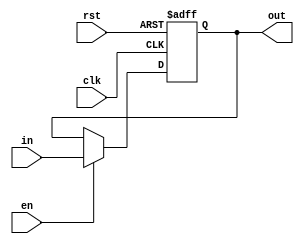

// --------------------- registers --------------------- 

module reg4bit(input clk, rst, en, input[3:0] in, output reg [3:0] out);

	always@ (posedge clk, posedge rst) begin
		if(rst)
			out <= 0;
		else if(en)
			out <= in;
	end
endmodule



module reg8bit(input clk, rst, en, input[7:0] in, output reg [7:0] out);

	always@ (posedge clk, posedge rst) begin
		if(rst)
			out <= 0;
		else if(en)
			out <= in;
	end
endmodule

module reg16bit(input clk, rst, ldu, ldd, input[7:0] in, output reg [15:0] out);

	always@ (posedge clk, posedge rst) begin
		if(rst)
			out <= 0;
		else if(ldu)
			out[15:8] <= in;
		else if (ldd)
			out[7:0] <= in;
		
	end
endmodule

module reg10bit(input clk, rst, input[9:0] in, output reg [9:0] out);

	always@ (posedge clk, posedge rst) begin
		if(rst)
			out <= 0;
		else
			out <= in;
	end
endmodule

module jk_ff(input j, input k, input clk, init_rst, output reg q);
   always @ (posedge clk, init_rst) begin
      if (init_rst == 1'b1) begin
         q <= 0;
      end
      case ({j,k})
         2'b00 :  q <= q;  
         2'b01 :  q <= 0;  
         2'b10 :  q <= 1; 
         2'b11 :  q <= ~q;
      endcase
   end
endmodule